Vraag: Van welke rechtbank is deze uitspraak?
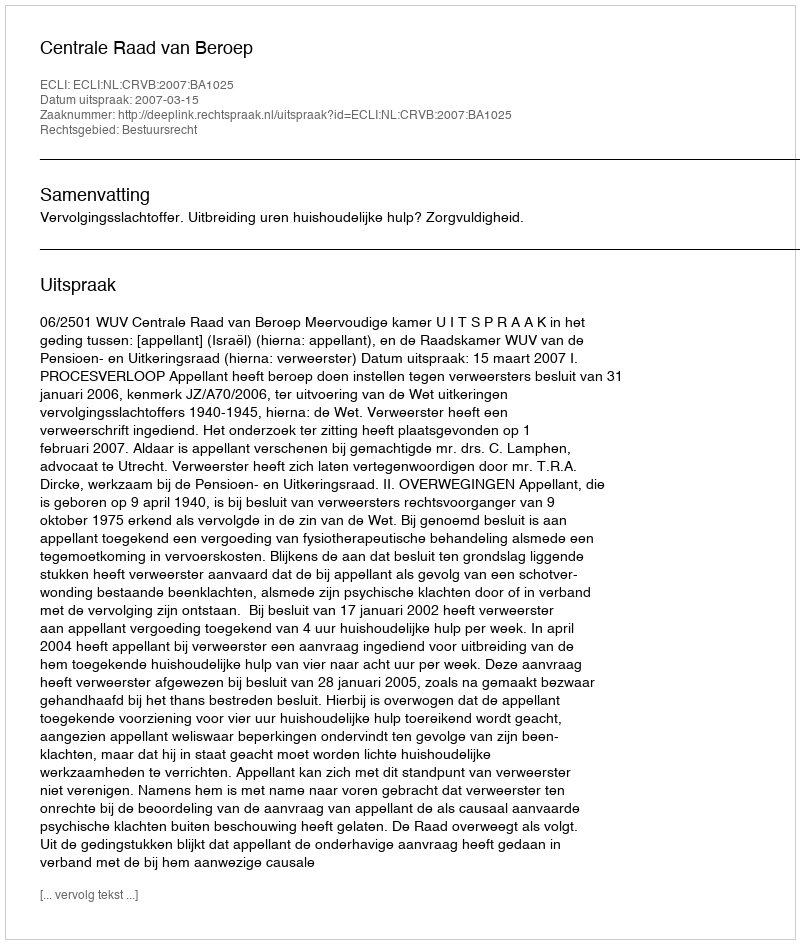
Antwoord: Centrale Raad van Beroep